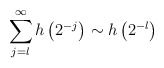
\begin{align*}\sum_{j=l}^\infty h\left(2^{-j}\right) \sim h\left(2^{-l}\right)\end{align*}